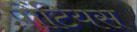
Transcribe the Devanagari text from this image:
पोंटियस